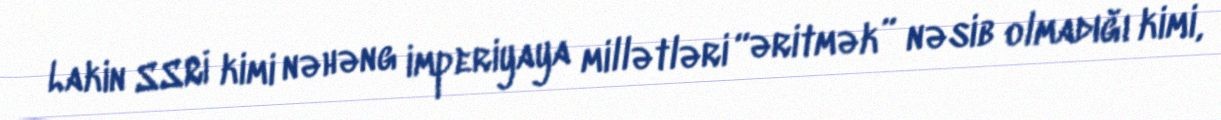
Lakin SSRİ kimi nəhəng imperiyaya millətləri “əritmək” nəsib olmadığı kimi,